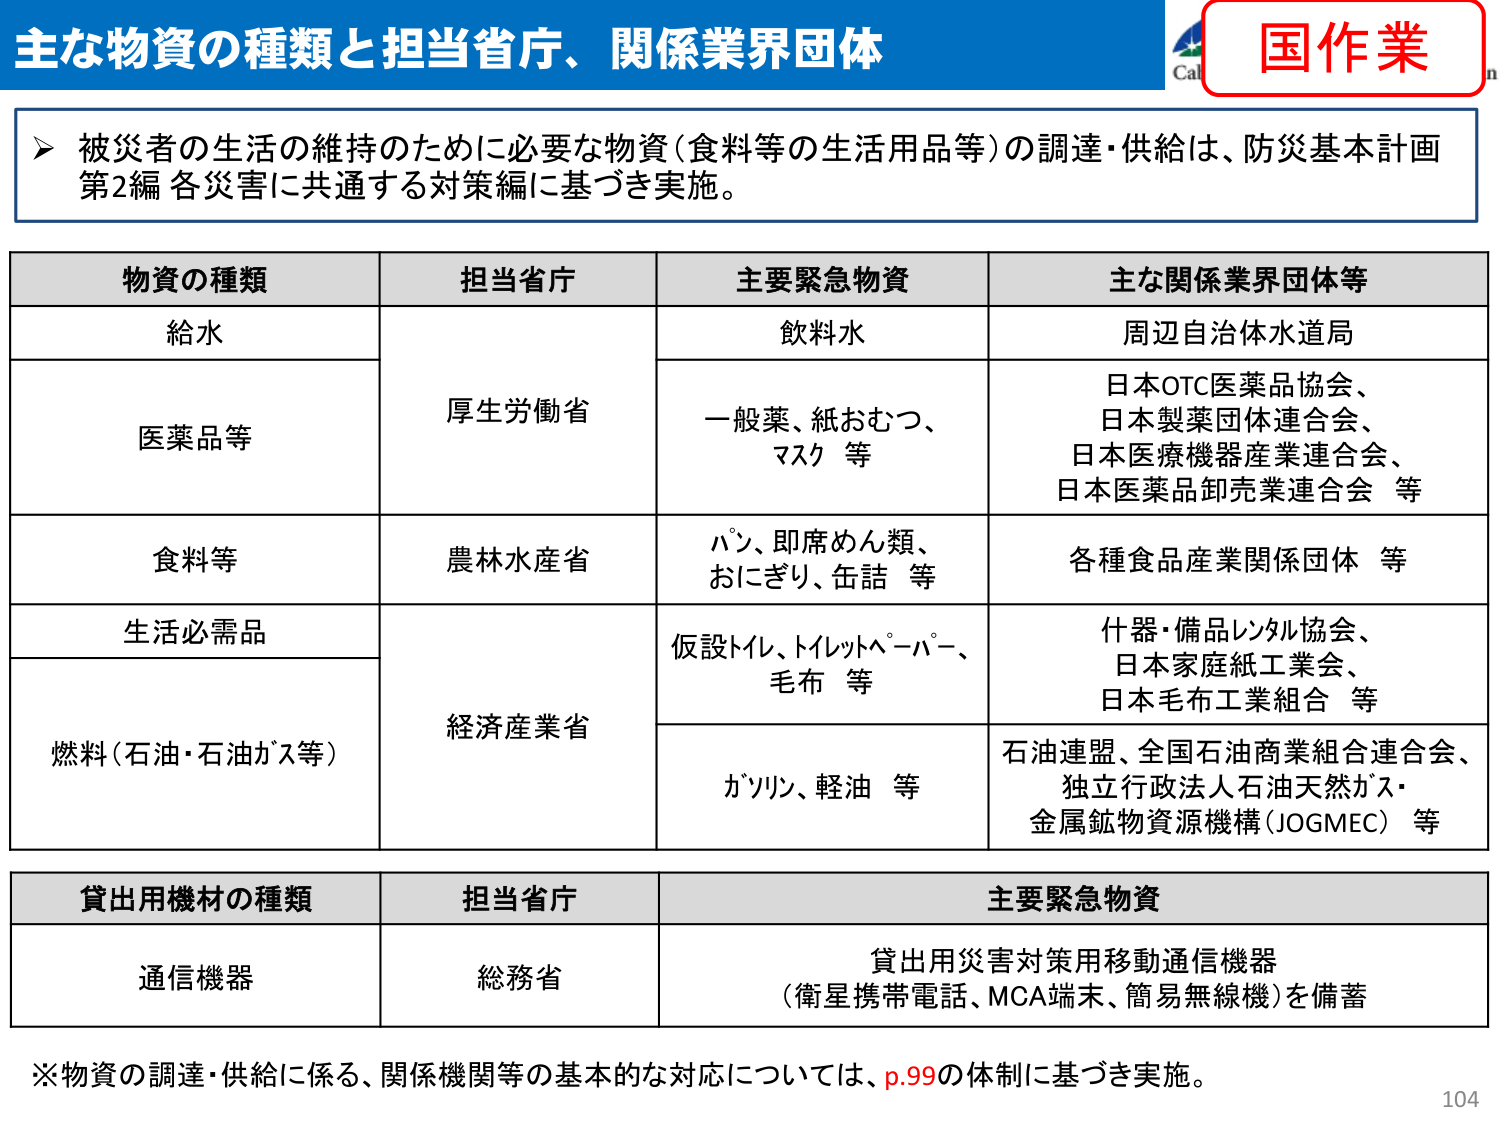
主な物資の種類と担当省庁、関係業界団体

国作業

被災者の生活の維持のために必要な物資（食料等の生活用品等）の調達・供給は、防災基本計画第2編 各災害に共通する対策編に基づき実施。

物資の種類　担当省庁　主要緊急物資　主な関係業界団体等

給水　厚生労働省　飲料水　周辺自治体水道局

医薬品等　　一般薬、紙おむつ、マスク 等　日本OTC医薬品協会、日本製薬団体連合会、日本医療機器産業連合会、日本医薬品卸売業連合会 等

食料等　農林水産省　パン、即席めん類、おにぎり、缶詰 等　各種食品産業関係団体 等

生活必需品　経済産業省　仮設トイレ、トイレットペーパー、毛布 等　什器・備品レンタル協会、日本家庭紙工業会、日本毛布工業組合 等

燃料（石油・石油ガス等）　　ガソリン、軽油 等　石油連盟、全国石油商業組合連合会、独立行政法人石油天然ガス・金属鉱物資源機構（JOGMEC） 等

貸出用機材の種類　担当省庁　主要緊急物資

通信機器　総務省　貸出用災害対策用移動通信機器（衛星携帯電話、MCA端末、簡易無線機）を備蓄

※物資の調達・供給に係る、関係機関等の基本的な対応については、p.99の体制に基づき実施。

104